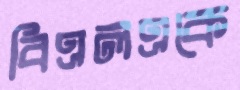
বিএলএকে